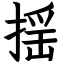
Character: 揺